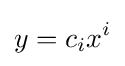
y=c_{i}x^{i}